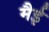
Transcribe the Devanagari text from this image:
मैई